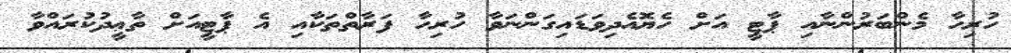
ހުރިހާ މެންބަރުންނާއި ޕާޓީ އަށް ހެޔޮއެދިވަޑައިގަންނަވާ ހުރިހާ ފަރާތްތަކާއި އެ ޕާޓީއަށް ތާޢީދުކުރައްވާ